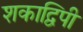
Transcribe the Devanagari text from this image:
शकाद्विपी